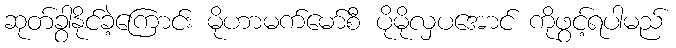
ဆုတ်ခွာနိုင်ခဲ့ကြောင်း မိုဟာမက်မော်စီ ပိုမိုလှပအောင် ကိုဖွင့်ရပါမည်